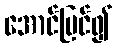
အောင်မြင်၍